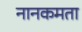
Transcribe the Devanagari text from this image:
नानकमता